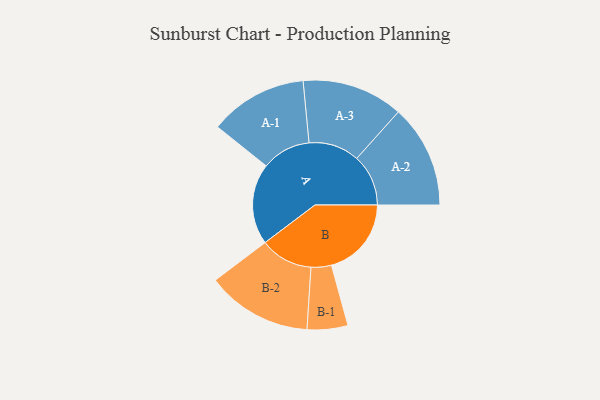
{"axis": {"x": "Segment", "y": "Value"}, "legend": ["", "A", "B"], "data": [{"x": "A", "y": 454, "type": ""}, {"x": "B", "y": 448, "type": ""}, {"x": "A-1", "y": 275, "type": "A"}, {"x": "A-2", "y": 289, "type": "A"}, {"x": "A-3", "y": 284, "type": "A"}, {"x": "B-1", "y": 114, "type": "B"}, {"x": "B-2", "y": 296, "type": "B"}]}